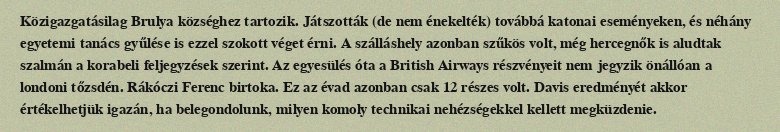
Közigazgatásilag Brulya községhez tartozik. Játszották (de nem énekelték) továbbá katonai eseményeken, és néhány egyetemi tanács gyűlése is ezzel szokott véget érni. A szálláshely azonban szűkös volt, még hercegnők is aludtak szalmán a korabeli feljegyzések szerint. Az egyesülés óta a British Airways részvényeit nem jegyzik önállóan a londoni tőzsdén. Rákóczi Ferenc birtoka. Ez az évad azonban csak 12 részes volt. Davis eredményét akkor értékelhetjük igazán, ha belegondolunk, milyen komoly technikai nehézségekkel kellett megküzdenie.